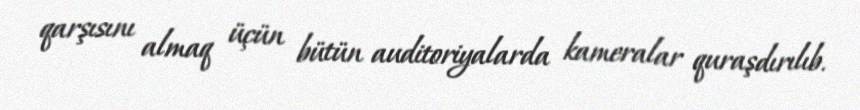
qarşısını almaq üçün bütün auditoriyalarda kameralar quraşdırılıb.